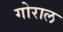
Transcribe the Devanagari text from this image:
गोराल